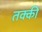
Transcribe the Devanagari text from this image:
तक्की